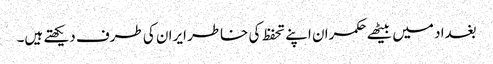
بغداد میں بیٹھے حکمران اپنے تحفظ کی خاطر ایران کی طرف دیکھتے ہیں۔